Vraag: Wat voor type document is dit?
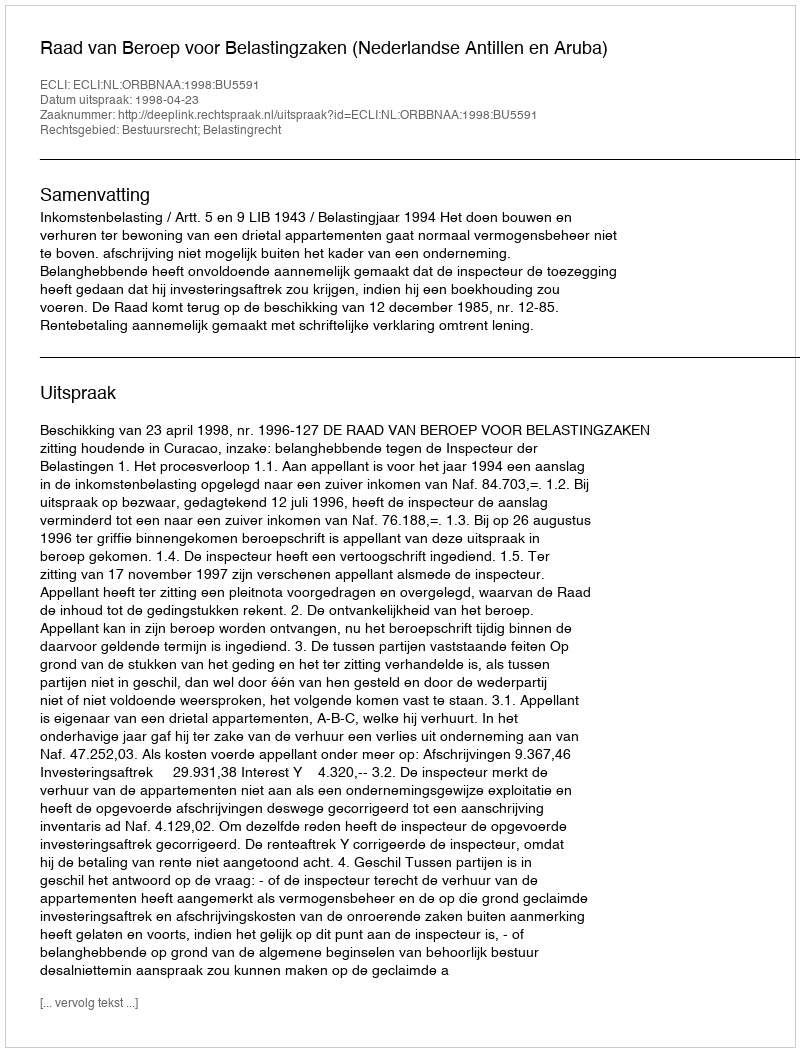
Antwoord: Uitspraak